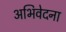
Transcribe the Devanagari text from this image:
अभिवेदना